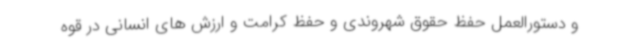
و دستورالعمل حفظ حقوق شهروندی و حفظ کرامت و ارزش های انسانی در قوه